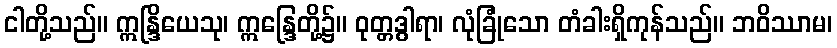
ငါတို့သည်။ ဣန္ဒြိယေသု၊ ဣန္ဒြေတို့၌။ ဝုတ္တဒွါရာ၊ လုံခြုံသော တံခါးရှိကုန်သည်။ ဘဝိဿာမ၊